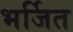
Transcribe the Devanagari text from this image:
भर्जित